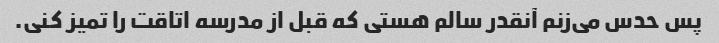
پس حدس می‌زنم آنقدر سالم هستی که قبل از مدرسه اتاقت را تمیز کنی.